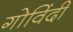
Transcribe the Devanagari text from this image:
गोविंदी